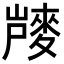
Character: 𪌨